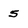
Character: 5